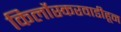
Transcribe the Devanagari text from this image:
किर्लोस्करवाडीहून